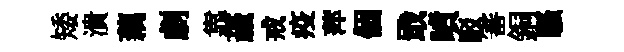
矮潰藕劇靠薉戒疫萍個戢噴駁審銅騷